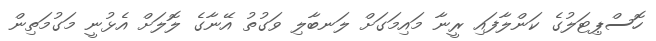
ހޮސްޕިޓަލުގެ ކަންލާފައި ރީނާ މައިމަގަށް ލަނބާލި ވަގުތު އޭނާގެ ލޮލަށް އެޅުނީ މަގުމަތިން